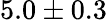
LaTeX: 5.0\pm 0.3